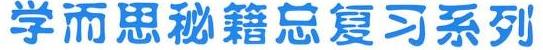
学而思秘籍总复习系列